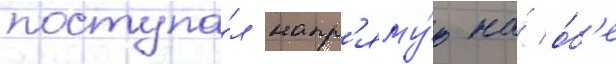
поступа́л напр'яму́ю на́ о́б'е